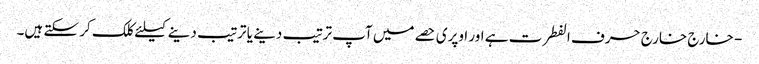
- خارج خارج حرف الفطرت ہے اور اوپری حصے میں آپ ترتیب دینے یا ترتیب دینے کیلئے کلک کر سکتے ہیں۔